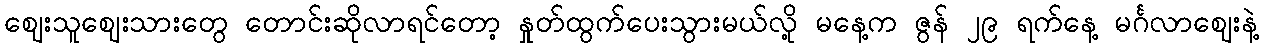
ဈေးသူဈေးသားတွေ တောင်းဆိုလာရင်တော့ နှုတ်ထွက်ပေးသွားမယ်လို့ မနေ့က ဇွန် ၂၉ ရက်နေ့ မင်္ဂလာဈေးနဲ့